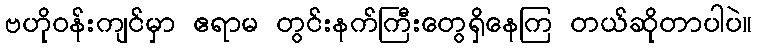
ဗဟိုဝန်းကျင်မှာ ဧရာမ တွင်းနက်ကြီးတွေရှိနေကြ တယ်ဆိုတာပါပဲ။